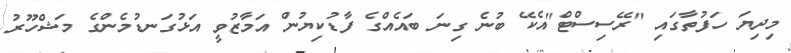
މިދިޔަ ހަފުތާގައި "ރޭސިސްޓް"އެކޭ ބުނެ ގިނަ ބައެއްގެ ފާޑުކިޔުން އަމާޒުވީ އަޅުގަނޑުމެންގެ މަޝްހޫރު